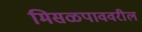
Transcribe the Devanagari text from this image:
मिसळपाववरील